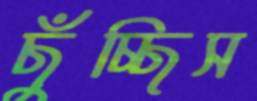
ছুঁচ্ছিস